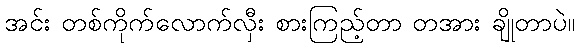
အင်း တစ်ကိုက်လောက်လှီး စားကြည့်တာ တအား ချိုတာပဲ။